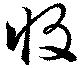
収